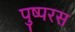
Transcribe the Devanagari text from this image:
पुष्परस